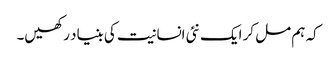
کہ ہم مل کر ایک نئی انسانیت کی بنیاد رکھیں۔